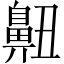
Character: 䶊